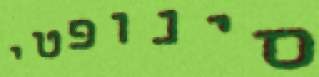
סינופטי